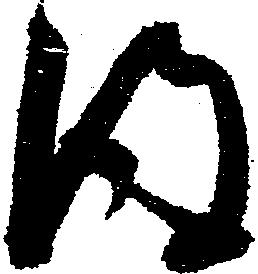
得